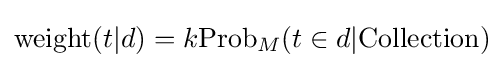
{\text{weight}}(t|d)=k{\text{Prob}}_{M}(t\in d|{\text{Collection}})